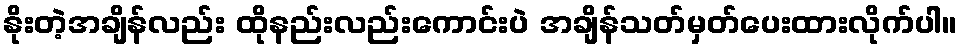
နိုးတဲ့အချိန်လည်း ထိုနည်းလည်းကောင်းပဲ အချိန်သတ်မှတ်ပေးထားလိုက်ပါ။